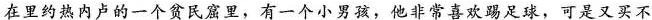
在里约热内卢的一个贫民窟里，有一个小男孩，他非常喜欢踢足球，可是又买不